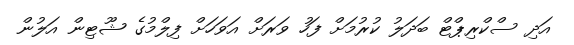
އަދި ސްކްރިޕްޓް ބަދަލު ކުރުމަށް ފަހު ވަރަށް އަވަހަށް ފިލްމުގެ ޝޫޓިން އަލުން